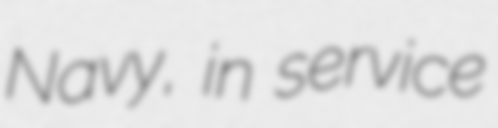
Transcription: Navy, in service